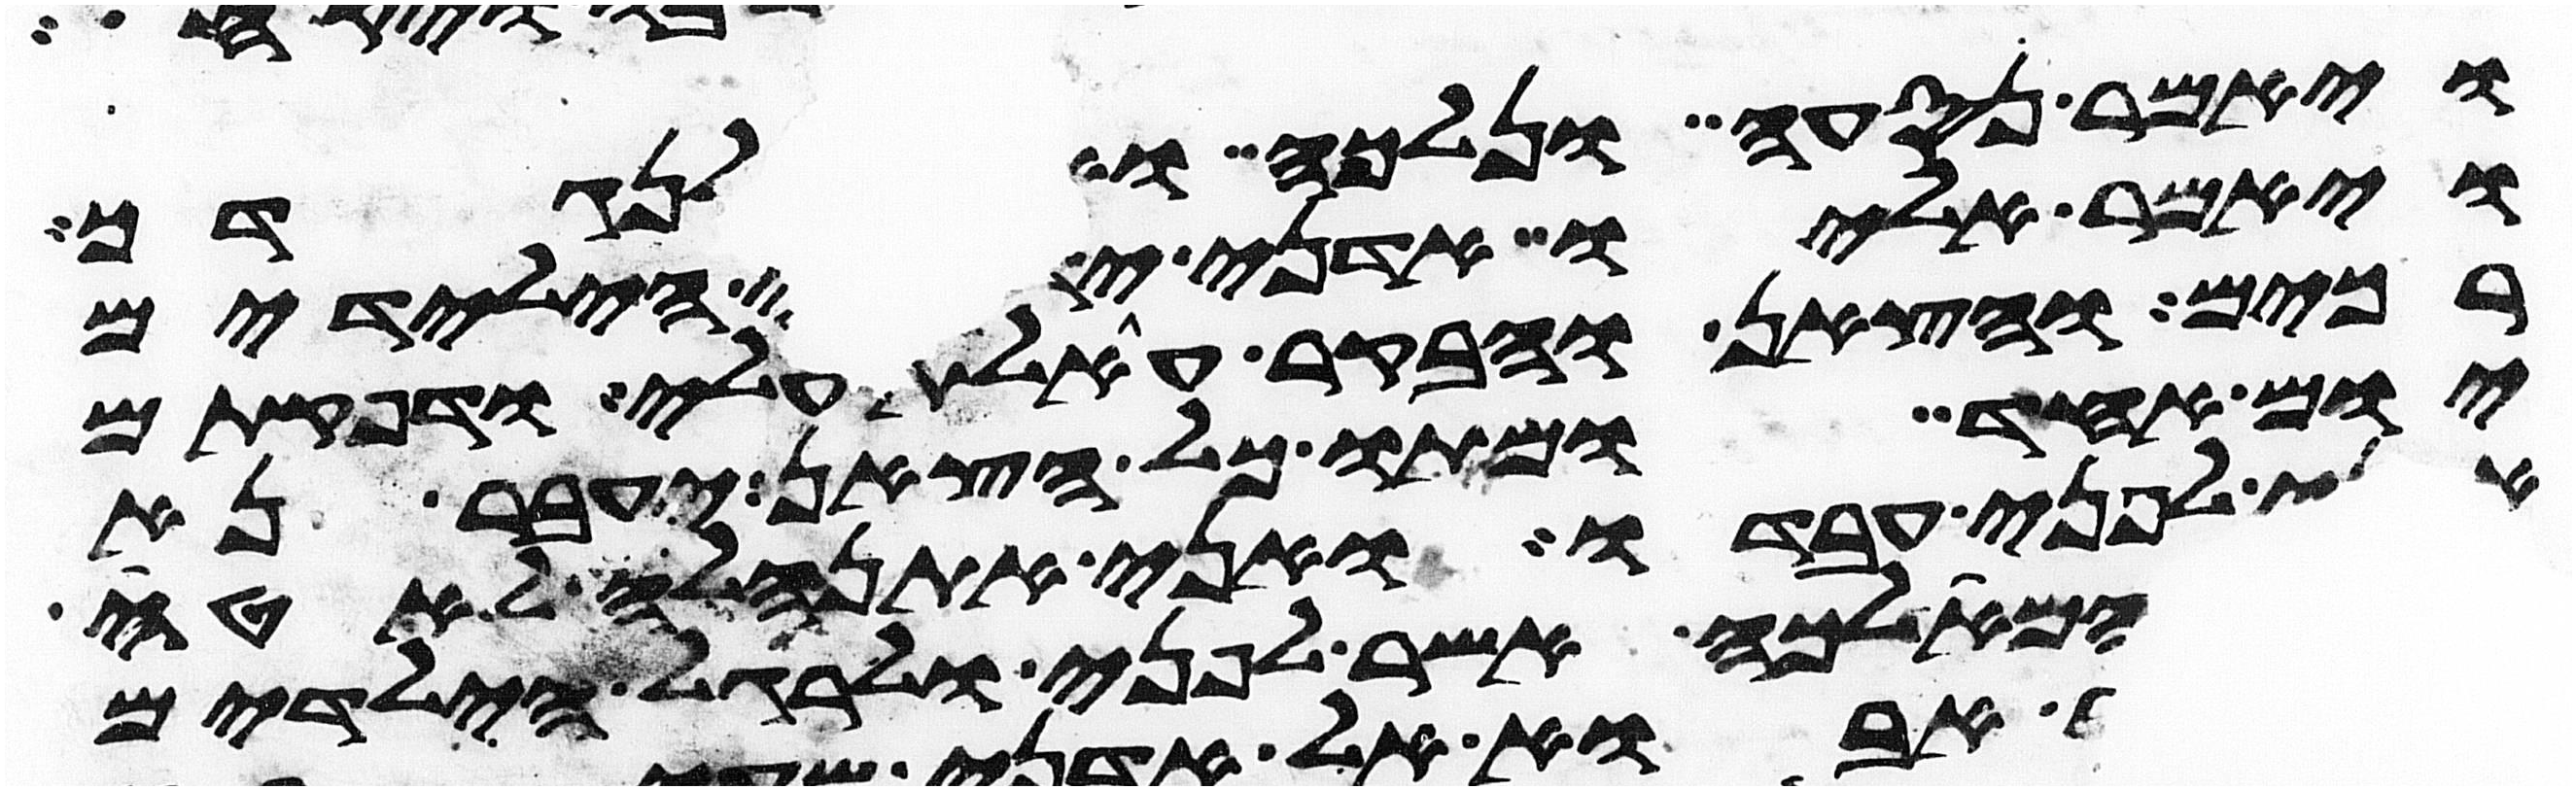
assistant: ויאמר נסעה ונלכה ואלכה לנגדך
ויאמר אליו אדני ידע כי הילדים
רכים והצאן והבקר אעלת עלי ודפקתים
יום אחד ומתו כל הצאן יעבר נא
לפני עבדו ואני אתנהלה לאטי
המלאכה אשר לפני ולרגל הילדים